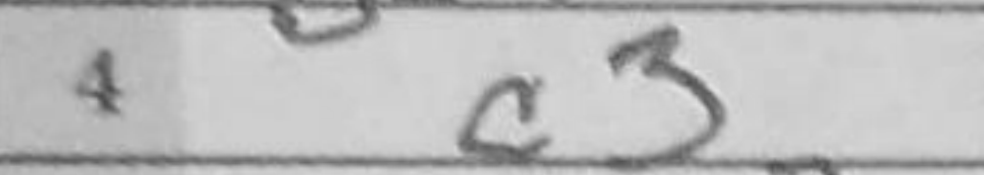
Transcription: c3